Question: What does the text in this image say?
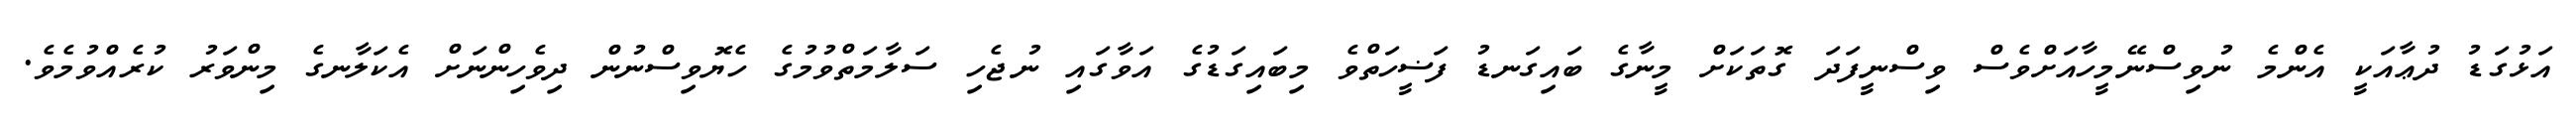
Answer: އަޅުގަޑު ދުޢާއަކީ އެންމެ ނުވިސްނޭމީހާއަށްވެސް ވިސްނީފަދަ ގޮތަކަށް މީނާގެ ބައިގަނޑު ފަޟީހަތްވެ މިބައިގަޑުގެ އަވާގައި ނުޖެހި ސަލާމަތްވުމުގެ ހެޔޮވިސްނުން ދިވެހިންނަށް އެކަލާނގެ މިންވަރު ކުރެއްވުމެވެ.